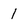
Character: 1